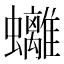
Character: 𧕮